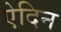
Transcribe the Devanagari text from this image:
ऐदिन